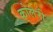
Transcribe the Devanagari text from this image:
कोलेरी